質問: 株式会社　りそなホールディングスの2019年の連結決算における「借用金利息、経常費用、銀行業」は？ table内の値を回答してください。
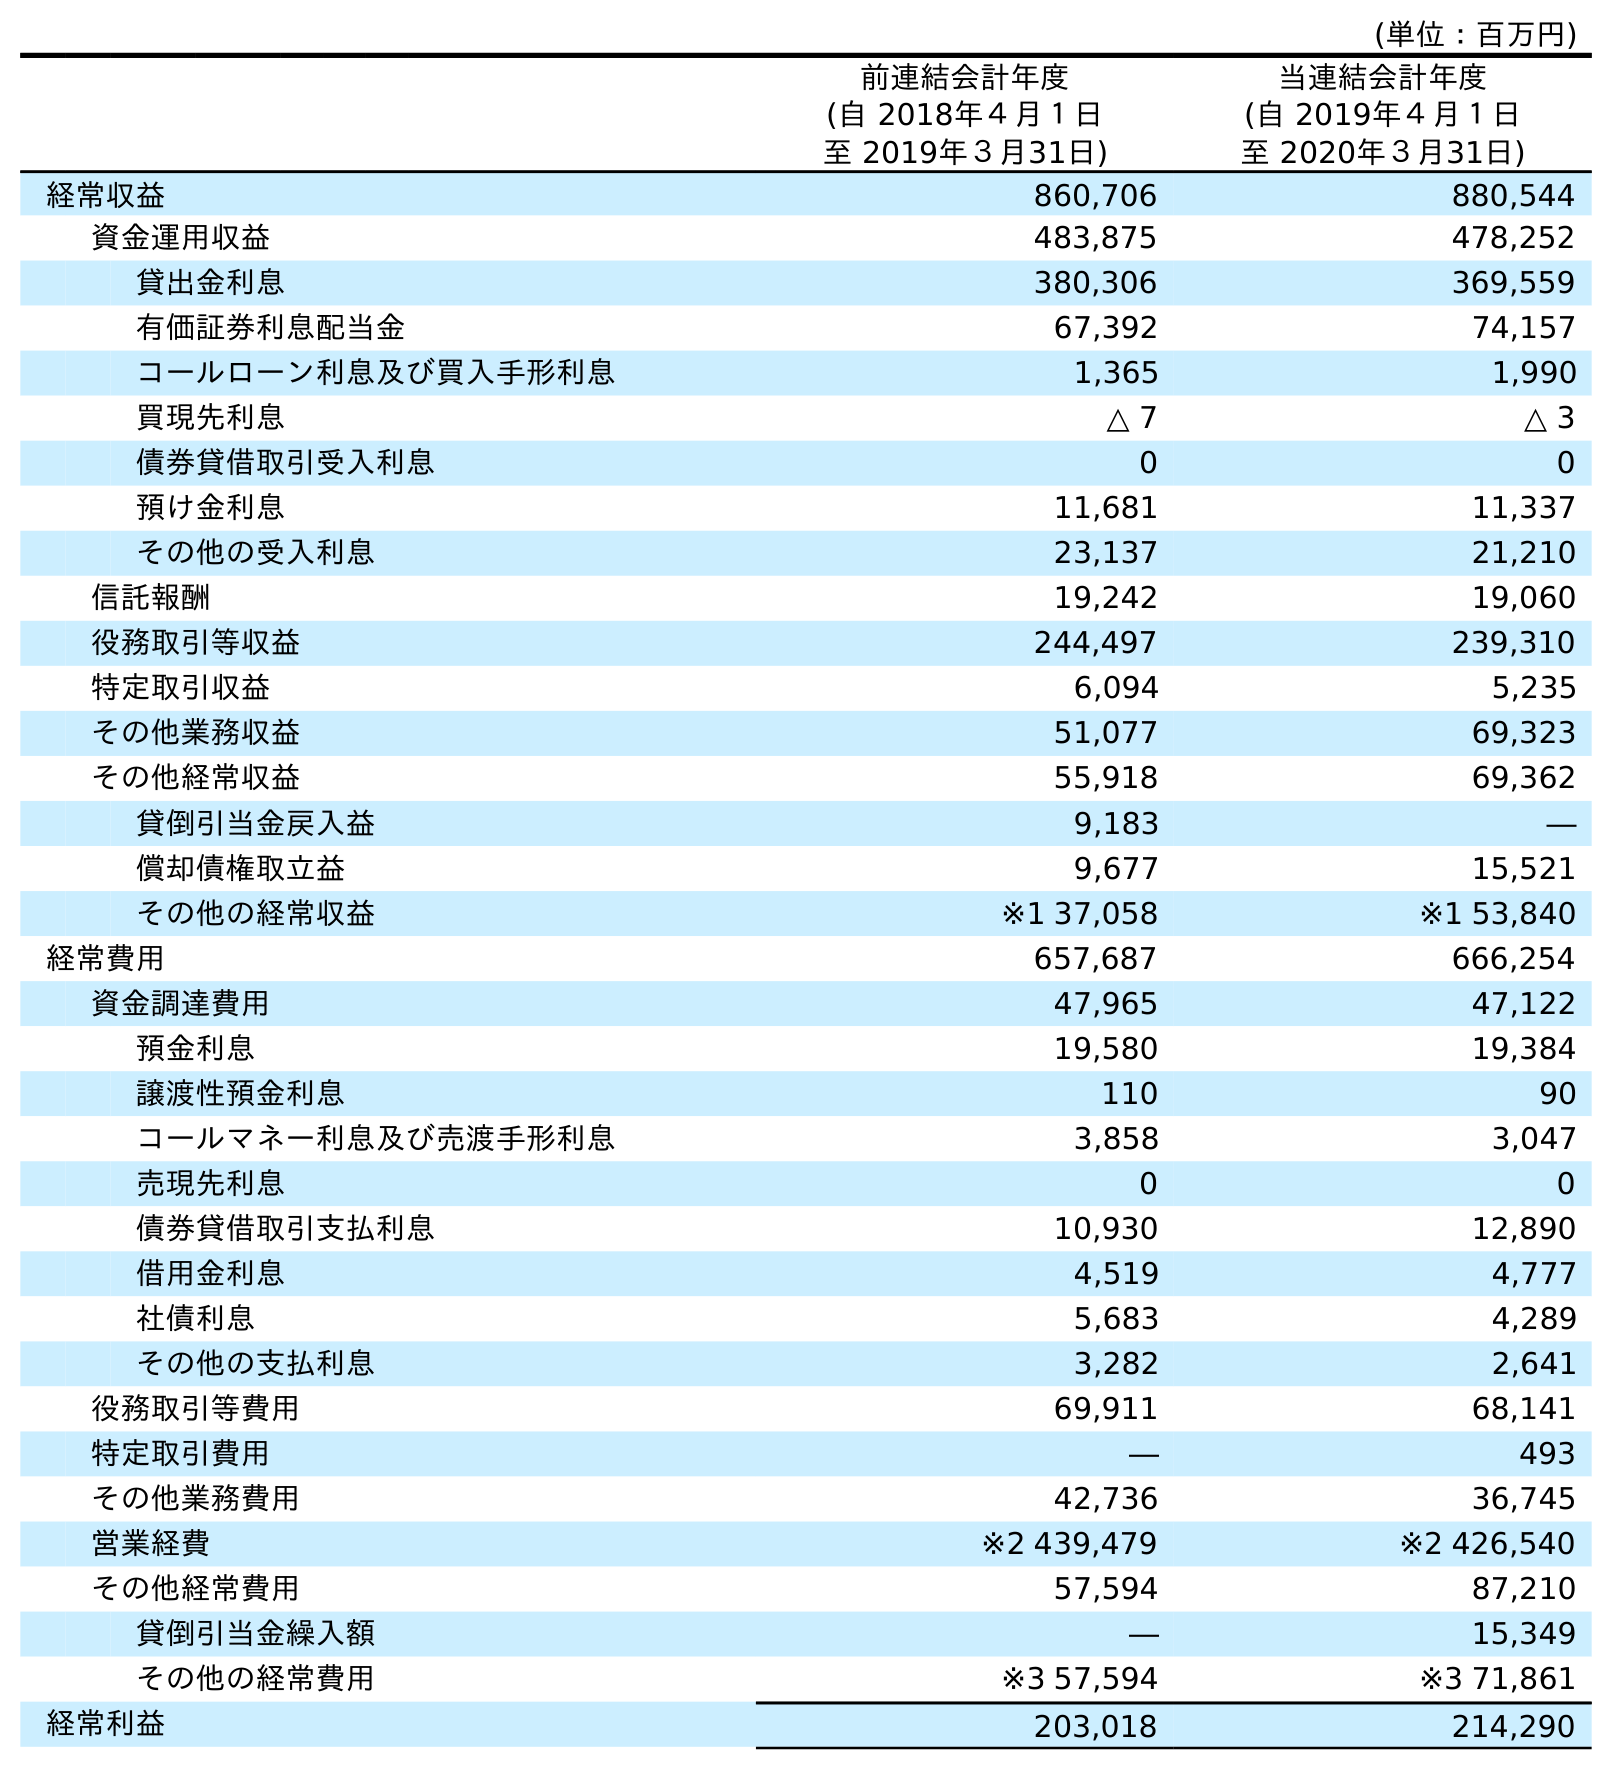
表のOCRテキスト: (単位：百万円) 前連結会計年度 (自 2018年４月１日 至 2019年３月31日) 当連結会計年度 (自 2019年４月１日 至 2020年３月31日) 経常収益 860,706 880,544 資金運用収益 483,875 478,252 貸出金利息 380,306 369,559 有価証券利息配当金 67,392 74,157 コールローン利息及び買入手形利息 1,365 1,990 買現先利息 △ 7 △ 3 債券貸借取引受入利息 0 0 預け金利息 11,681 11,337 その他の受入利息 23,137 21,210 信託報酬 19,242 19,060 役務取引等収益 244,497 239,310 特定取引収益 6,094 5,235 その他業務収益 51,077 69,323 その他経常収益 55,918 69,362 貸倒引当金戻入益 9,183 ― 償却債権取立益 9,677 15,521 その他の経常収益 ※1 37,058 ※1 53,840 経常費用 657,687 666,254 資金調達費用 47,965 47,122 預金利息 19,580 19,384 譲渡性預金利息 110 90 コールマネー利息及び売渡手形利息 3,858 3,047 売現先利息 0 0 債券貸借取引支払利息 10,930 12,890 借用金利息 4,519 4,777 社債利息 5,683 4,289 その他の支払利息 3,282 2,641 役務取引等費用 69,911 68,141 特定取引費用 ― 493 その他業務費用 42,736 36,745 営業経費 ※2 439,479 ※2 426,540 その他経常費用 57,594 87,210 貸倒引当金繰入額 ― 15,349 その他の経常費用 ※3 57,594 ※3 71,861 経常利益 203,018 214,290
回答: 4,519